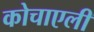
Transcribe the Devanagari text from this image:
कोचाएली